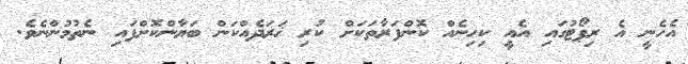
އެހެނީ އެ ރިޕޯޓުގައި އެއީ ކިހިނެއް ކޮންފަރާތަކަށް ކުރި ޚަރަދެއްކަން ބަޔާންކޮށްފައި ނެތުމުންނެވެ.